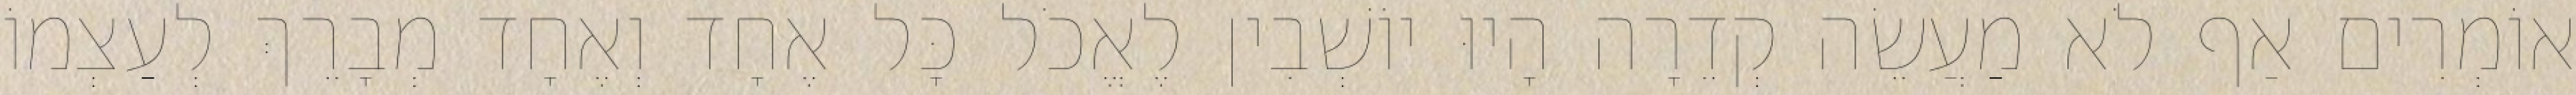
אוֹמְרִים אַף לֹא מַעֲשֵׂה קְדֵרָה הָיוּ יוֹשְׁבִין לֶאֱכֹל כָּל אֶחָד וְאֶחָד מְבָרֵךְ לְעַצְמוֹ